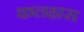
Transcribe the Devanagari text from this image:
कलहास